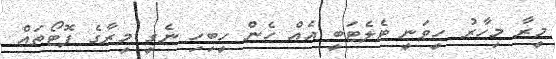
މީރާ މިހާރު ހީވަނީ ޓެލެޓަބީ އެއް ހެން ހީބިހި ނެގީ މީރާގެ ފޮޓޯތައް